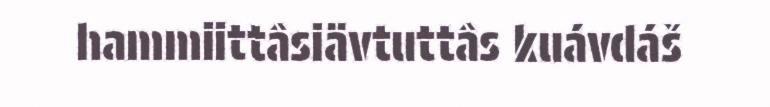
hammiittâsiävtuttâs kuávdáš